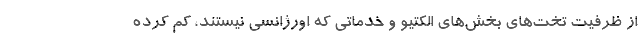
از ظرفیت تخت‌های بخش‌های الکتیو و خدماتی که اورژانسی نیستند، کم کرده